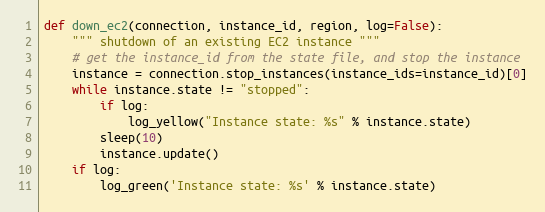
Language: Python
def down_ec2(connection, instance_id, region, log=False):
    """ shutdown of an existing EC2 instance """
    # get the instance_id from the state file, and stop the instance
    instance = connection.stop_instances(instance_ids=instance_id)[0]
    while instance.state != "stopped":
        if log:
            log_yellow("Instance state: %s" % instance.state)
        sleep(10)
        instance.update()
    if log:
        log_green('Instance state: %s' % instance.state)